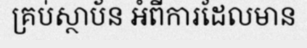
គ្រប់ស្ថាប័ន អំពីការដែលមាន